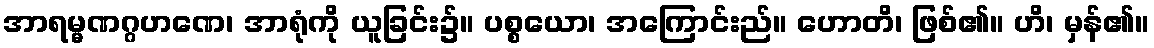
အာရမ္မဏဂ္ဂဟဏေ၊ အာရုံကို ယူခြင်း၌။ ပစ္စယော၊ အကြောင်းည်။ ဟောတိ၊ ဖြစ်၏။ ဟိ၊ မှန်၏။